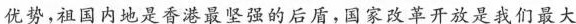
优势，祖国内地是香港最坚强的后盾，国家改革开放是我们最大